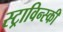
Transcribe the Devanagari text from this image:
स्ट्राविन्स्की